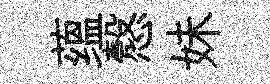
蕴慤妹